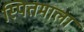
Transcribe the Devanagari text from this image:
स्पितमाला